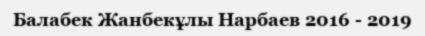
Балабек Жанбекұлы Нарбаев 2016 - 2019